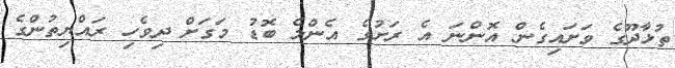
ތުޅާދޫގެ ވަށައިގެން އޮންނަ އެ ރަށުގެ އެންމެ ބޮޑު މަގަށް ދިވެހި ރައްޔިތުންގެ